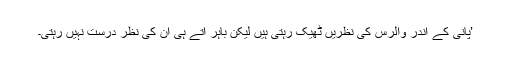
’پانی کے اندر والرس کی نظریں ٹھیک رہتی ہیں لیکن باہر آتے ہی ان کی نظر درست نہیں رہتی۔